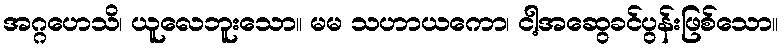
အဂ္ဂဟေသိ၊ ယူလေဘူးသော။ မမ သဟာယကော၊ ငါ့အဆွေခင်ပွန်းဖြစ်သော။